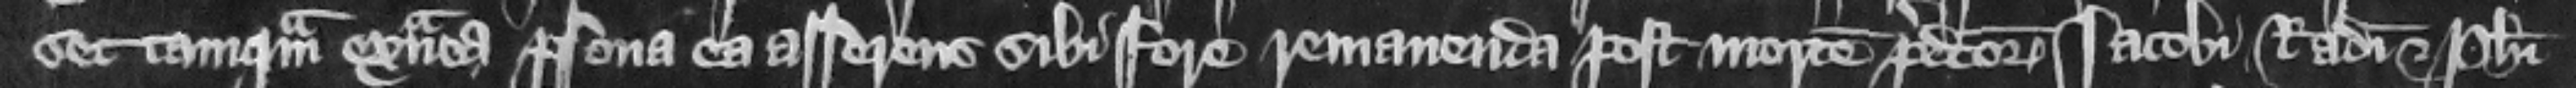
set tamquam extranea persona a asserens sibi fore remanenda post mortem predictorum Iacobi Radulphi et Philippi